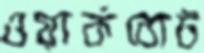
ওয়ার্কবোট